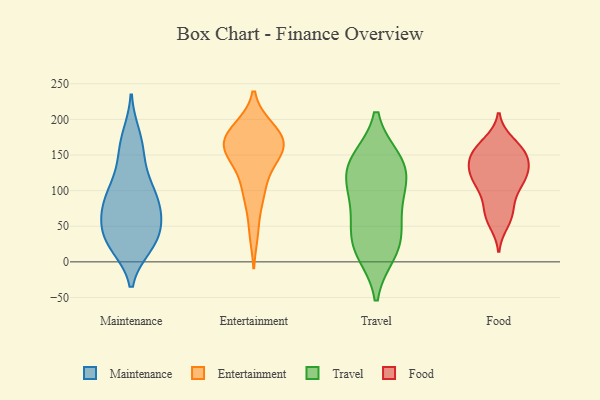
{"axis": {"x": "Budget (USD K)", "y": "Value"}, "legend": ["Entertainment", "Food", "Maintenance", "Travel"], "data": [{"x": "", "y": 176, "type": "Maintenance"}, {"x": "", "y": 40, "type": "Maintenance"}, {"x": "", "y": 30, "type": "Maintenance"}, {"x": "", "y": 30, "type": "Maintenance"}, {"x": "", "y": 76, "type": "Maintenance"}, {"x": "", "y": 36, "type": "Maintenance"}, {"x": "", "y": 82, "type": "Maintenance"}, {"x": "", "y": 151, "type": "Maintenance"}, {"x": "", "y": 116, "type": "Maintenance"}, {"x": "", "y": 95, "type": "Maintenance"}, {"x": "", "y": 66, "type": "Maintenance"}, {"x": "", "y": 24, "type": "Maintenance"}, {"x": "", "y": 73, "type": "Maintenance"}, {"x": "", "y": 78, "type": "Maintenance"}, {"x": "", "y": 28, "type": "Maintenance"}, {"x": "", "y": 111, "type": "Maintenance"}, {"x": "", "y": 165, "type": "Maintenance"}, {"x": "", "y": 170, "type": "Entertainment"}, {"x": "", "y": 164, "type": "Entertainment"}, {"x": "", "y": 86, "type": "Entertainment"}, {"x": "", "y": 189, "type": "Entertainment"}, {"x": "", "y": 144, "type": "Entertainment"}, {"x": "", "y": 100, "type": "Entertainment"}, {"x": "", "y": 187, "type": "Entertainment"}, {"x": "", "y": 157, "type": "Entertainment"}, {"x": "", "y": 116, "type": "Entertainment"}, {"x": "", "y": 148, "type": "Entertainment"}, {"x": "", "y": 41, "type": "Entertainment"}, {"x": "", "y": 161, "type": "Entertainment"}, {"x": "", "y": 164, "type": "Entertainment"}, {"x": "", "y": 186, "type": "Entertainment"}, {"x": "", "y": 54, "type": "Travel"}, {"x": "", "y": 14, "type": "Travel"}, {"x": "", "y": 133, "type": "Travel"}, {"x": "", "y": 22, "type": "Travel"}, {"x": "", "y": 141, "type": "Travel"}, {"x": "", "y": 28, "type": "Travel"}, {"x": "", "y": 98, "type": "Travel"}, {"x": "", "y": 121, "type": "Travel"}, {"x": "", "y": 82, "type": "Travel"}, {"x": "", "y": 142, "type": "Travel"}, {"x": "", "y": 132, "type": "Food"}, {"x": "", "y": 144, "type": "Food"}, {"x": "", "y": 101, "type": "Food"}, {"x": "", "y": 55, "type": "Food"}, {"x": "", "y": 67, "type": "Food"}, {"x": "", "y": 125, "type": "Food"}, {"x": "", "y": 112, "type": "Food"}, {"x": "", "y": 120, "type": "Food"}, {"x": "", "y": 94, "type": "Food"}, {"x": "", "y": 117, "type": "Food"}, {"x": "", "y": 164, "type": "Food"}, {"x": "", "y": 151, "type": "Food"}, {"x": "", "y": 150, "type": "Food"}, {"x": "", "y": 64, "type": "Food"}, {"x": "", "y": 117, "type": "Food"}, {"x": "", "y": 151, "type": "Food"}, {"x": "", "y": 159, "type": "Food"}, {"x": "", "y": 71, "type": "Food"}, {"x": "", "y": 168, "type": "Food"}, {"x": "", "y": 136, "type": "Food"}]}